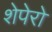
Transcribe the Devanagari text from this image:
शेपेरो